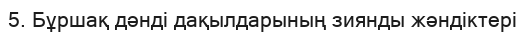
5. Бұршақ дәнді дақылдарының зиянды жәндіктері